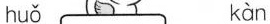
huǒ kàn